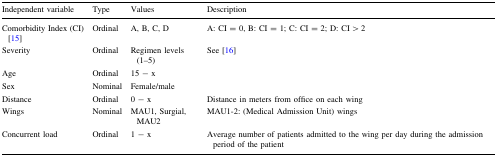
| Independent variable | Type | Values | Description |
 | --- | --- | --- | --- |
 | Comorbidity Index (CI) [15] | Ordinal | A, B, C, D | A: CI = 0, B: CI = 1; C: CI = 2; D: CI > 2 |
 | Severity | Ordinal | Regimen levels (1–5) | See [16] |
 | Age | Ordinal | 15 − x |  |
 | Sex | Nominal | Female/male |  |
 | Distance | Ordinal | 0 − x | Distance in meters from office on each wing |
 | Wings | Nominal | MAU1, Surgial, MAU2 | MAU1-2: (Medical Admission Unit) wings |
 | Concurrent load | Ordinal | 1 − x | Average number of patients admitted to the wing per day during the admission period of the patient |